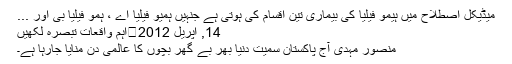
میڈیکل اصطلاح میں ہیمو فیلیا کی بیماری تین اقسام کی ہوتی ہے جنہیں ہمیو فیلیا اے ، ہمو فیلیا بی اور ...
14, اپریل 2012	اہم واقعات تبصرہ لکھیں
منصور مہدی آج پاکستان سمیت دنیا بھر بے گھر بچوں کا عالمی دن منایا جارہا ہے۔